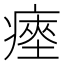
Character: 瘞